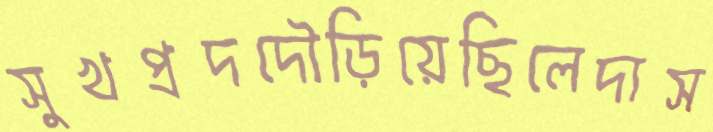
সুখপ্রদদৌড়িয়েছিলেদাস